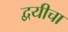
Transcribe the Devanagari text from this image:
द्वयीचा